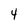
Character: 4